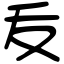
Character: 叐